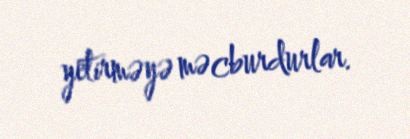
yetirməyə məcburdurlar.